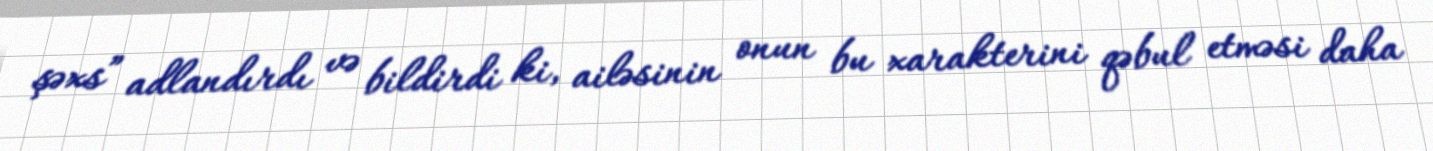
şəxs” adlandırdı və bildirdi ki, ailəsinin onun bu xarakterini qəbul etməsi daha